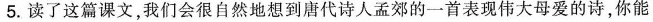
5.读了这篇课文，我们会很自然地想到唐代诗人孟郊的一首表现伟大母爱的诗，你能